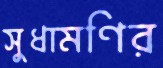
সুধামণির